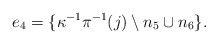
\begin{align*}e_4=\{\kappa^{-1}\pi^{-1}(j)\setminus n_5 \cup n_6 \}.\end{align*}